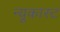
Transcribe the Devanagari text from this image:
न्यूकास्ट